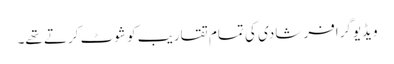
ویڈیوگرافر شادی کی تمام تقاریب کو شوٹ کرتے تھے۔